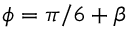
\phi = \pi / 6 + \beta